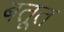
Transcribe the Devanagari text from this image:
बतूत